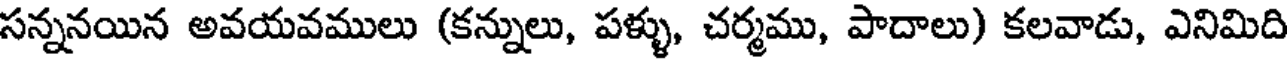
సన్ననయిన అవయవములు (కన్నులు, పళ్ళు, చర్మము, పాదాలు) కలవాడు, ఎనిమిది